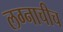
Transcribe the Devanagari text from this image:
लग्नाचीच